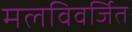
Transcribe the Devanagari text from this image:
मलविवर्जित